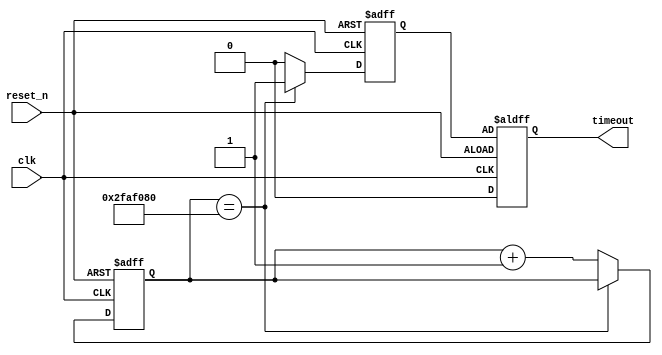
module SimpleCounter(
  input clk,
  input reset_n,
  output reg timeout
);

  reg [25:0] count;
  reg timeout_flag;    //

  always @(posedge clk or negedge reset_n) begin    //
    if (~reset_n) begin
      count <= 0;
      timeout_flag <= 0;
    end
    else begin
      if (count == 50000000) begin // 50MHz * 1s = 50000000
        timeout_flag <= 1;
      end
      else begin
        count <= count + 1;
        timeout_flag <= 0;
      end
    end
  end

  always @(posedge clk or posedge reset_n) begin
    if (~reset_n) begin
      timeout <= 0;
    end
    else begin
      timeout <= timeout_flag;
    end
  end

endmodule